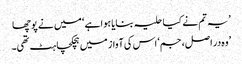
’یہ تم نے کیا حلیہ بنایا ہوا ہے ‘ میں نے پوچھا
’وہ در اصل، جم‘ اس کی آواز میں ہچکچاہٹ تھی۔